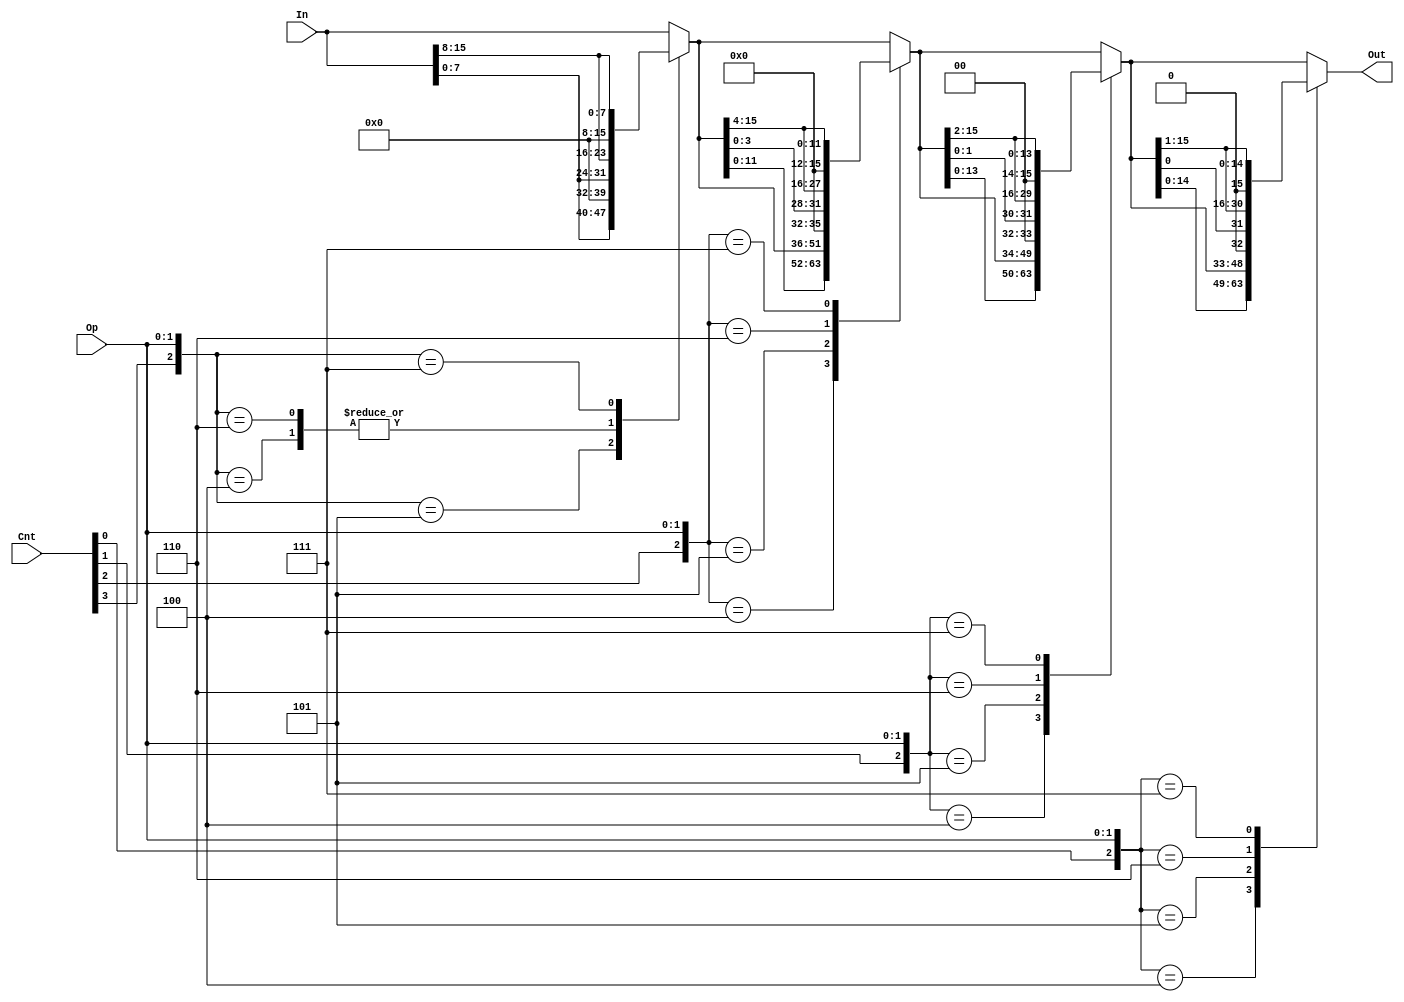
//********************************
//Owned by : nmohapatra@wisc.edu
//********************************

module shifter (In, Cnt, Op, Out);
  // --- Inputs and Outputs ---
  input [15:0] In;
  input [3:0] Cnt; // amount to shift
  input [1:0] Op; // OPC
  output reg [15:0] Out;

  // --- Wires ---
  reg [15:0] eight_four, four_two, two_one; // intermediates used to pass the  
    // output down to the next level and to avoid updating Out until the end

  // --- Code ---
  always @(*) begin
    // check for Cnt = 4'b1xxx
    case ({Cnt[3], Op})
      // rotate left
      3'b100: eight_four <= {In[7:0], In[15:8]};
      // logical left shift
      3'b101: eight_four <= {In[7:0], 8'h00};
      // arithmetic right shift
      3'b110: eight_four <= {In[7:0], In[15:8]};
      // ligical right shfit
      3'b111: eight_four <= {8'h00, In[15:8]};
      // 4'b0xxx found
      default: eight_four <= In;
    endcase
  end

  always @(*) begin
    // check for Cnt = 4'bx1xx
    case ({Cnt[2], Op})
      // rotate left
      3'b100: four_two <= {eight_four[11:0], eight_four[15:12]};
      // logical left shift
      3'b101: four_two <= {eight_four[13:0], 4'h0};
      // arithmetic right shfit
      3'b110: four_two <= {eight_four[3:0], eight_four[15:4]};
      // logical right shfit
      3'b111: four_two <= {4'h0, eight_four[15:4]};
      // 4'bx0xx found
      default: four_two <= eight_four;
    endcase
  end

  always @(*) begin
    // check for Cnt = 4'bxx1x
    case ({Cnt[1], Op})
      // rotate left
      3'b100: two_one <= {four_two[13:0], four_two[15:14]};
      // logical left shift
      3'b101: two_one <= {four_two[13:0], 2'b00};
      // arithmetic right shift
      3'b110: two_one <= {four_two[1:0], four_two[15:2]};
      // lociacl right shfit
      3'b111: two_one <= {2'b00, four_two[15:2]};
      // 4'hxx0x found
      default: two_one <= four_two;
    endcase
  end

  always @(*) begin
    // check for Cnt = 4'bxxx1
    case ({Cnt[0], Op})
      // rotate left
      3'b100: Out <= {two_one[14:0], two_one[15]};
      // logical left shift
      3'b101: Out <= {two_one[14:0], 1'b0};
      // arithmetic right shift
      3'b110: Out <= {two_one[0], two_one[15:1]};
      // logical right shift
      3'b111: Out <= {1'b0, two_one[15:1]};
      // 4'bxxx0 found
      default: Out <= two_one;
    endcase
  end
  
endmodule